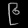
Digit: ၉